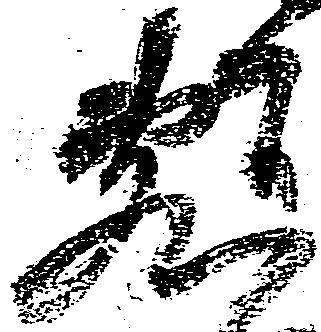
敷